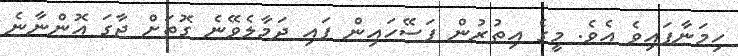
ހިމަނާފައިވެ އެވެ. މީގެ އިތުރުން ފަސޭހައިން ފައި ދަމާލެވޭނެ ގޮތަށް ޖާގަ އޮންނާނެ